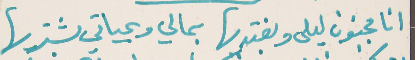
انا مجنون ليلى وبفتديها   بمالي وبحياتي بشتريها